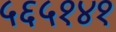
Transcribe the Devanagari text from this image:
५६५१४१